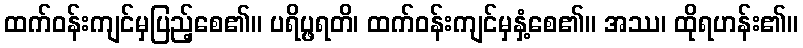
ထက်ဝန်းကျင်မှပြည့်စေ၏။ ပရိပ္ဖရတိ၊ ထက်ဝန်းကျင်မှနှံ့စေ၏။ အဿ၊ ထိုရဟန်း၏။